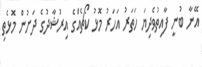
އޭނާ ބުނީ ފާއިތުވެދިޔަ ހަތަރު އަހަރު މޮޅު ކޯޗެއްގެ އިރުޝާދުގެ ދަށުން މޮޅެތި